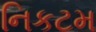
નિકટમ